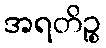
အရတိဉ္စ